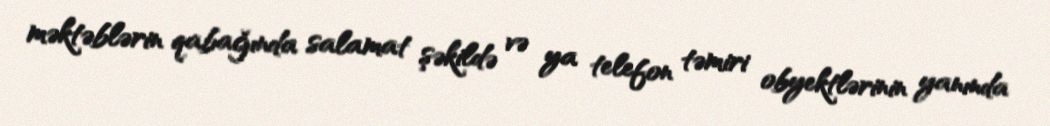
məktəblərin qabağında salamat şəkildə və ya telefon təmiri obyektlərinin yanında